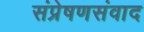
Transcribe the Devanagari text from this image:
संप्रेषणसंवाद